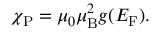
\chi _ { \mathrm { P } } = \mu _ { 0 } \mu _ { \mathrm { B } } ^ { 2 } g ( E _ { \mathrm { F } } ) .